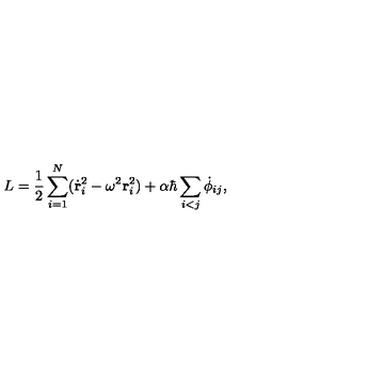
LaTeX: L = \frac { 1 } { 2 } \sum _ { i = 1 } ^ { N } ( { \dot { \bf r } } _ { i } ^ { 2 } - { \omega } ^ { 2 } { \bf r } _ { i } ^ { 2 } ) + \alpha \hbar \sum _ { i < j } { \dot { \phi } } _ { i j } ,